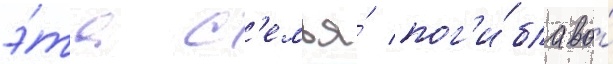
э́та с'емья́ пог'и́бла во́